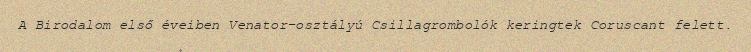
A Birodalom első éveiben Venator-osztályú Csillagrombolók keringtek Coruscant felett.